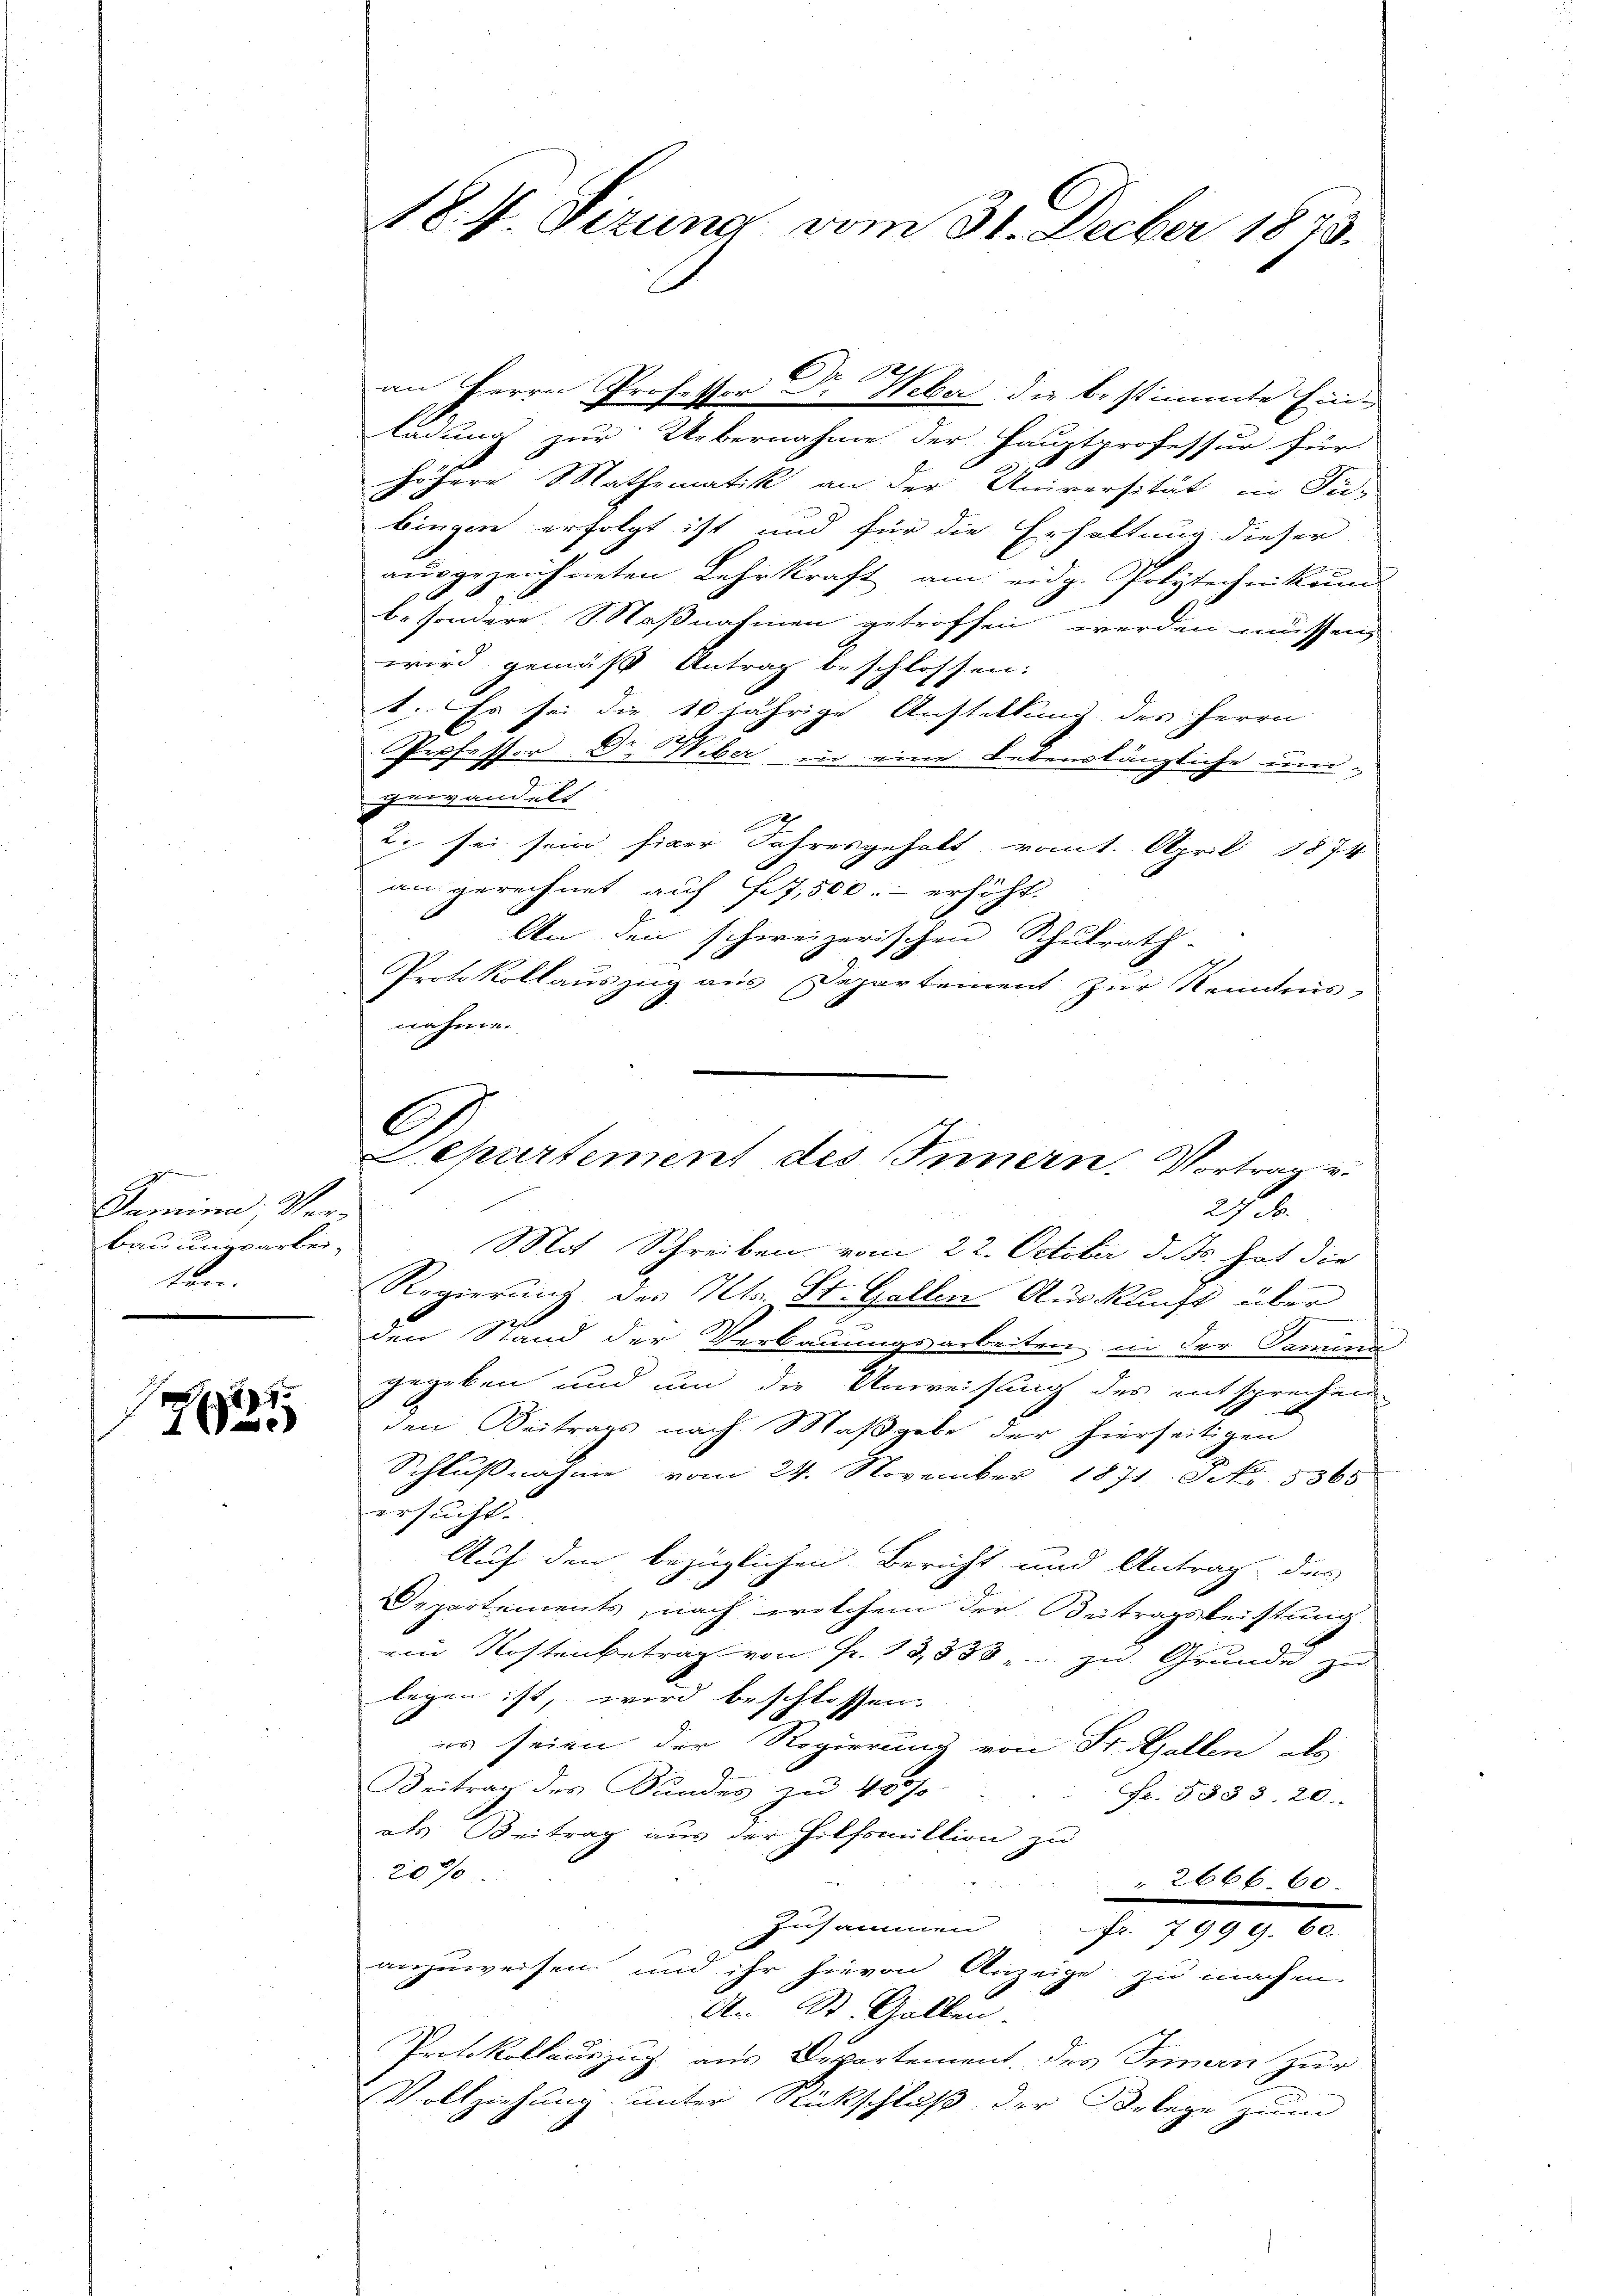
g
Samine, d
bauungsarbei,
ten.

91

184 Sitzung vom 31. Decber 1873.

am Herrn Professor Dr. Weber die bestimmte Ein-
ladung zur Uebernahme der Hauptprofessur für
höhere Mathematik an der Universität in Ju-
bingen erfolgt ist und für die Erhaltung dieser
ausgezeichneten Lehrkraft am eidg. Polytechnikum
besondere Maßnahmen getroffen werden müssen,
wird gemäß Antrag beschlossen:
t. Es sei die 10 jährige Austellung des Herrn
Professor Dr. Wiber in eine Lebenslängliche ungegandelh
D
2. sei sein siner Jahresgehalt vomt. April 1874
an gerechnet auf 7,500.- erhöht.
An den schweizerischen Schulrath
Protokollauszug aus Departement zur Nenntnis,
nahme.
Mit Schreiben vom 22. October d. Js. hat die
Regierung des Kts. St. Gallen Auskunft über
d
den Stand der Verbauungsarbeiten in der Samina
gegeben und um die Anweisung des entsprechen
den Beitrags nach Maßgabe der hierseitigen
Schlussnahme vom 24. November 1871 Frk. 5365
ersucht.
Auf den bezüglichen Bericht und Antrag des
Departements, nach welchem der Beitragsleistung
ein Kostenbetrag von Fr. 13558 - zu Grunde zu
legen ist, wird beschlossen.
es seien der Regierung von St. Gallen als
Beitrag des Sandes zu 407. . . . fr. 5333. 20.
als Beitrag aus der Hilfsmittion zu
20%
2666. 60.
Zusammen
Fr. 7999. 60.
anzuweisen und ihr hievon Anzeige zu machen.
An St. Gallen.
Protokollauszug aus Departement des Innern zur
Vollziehung unter Rückschluß der Orlege zum

C
Separtement des Innern, Vortrag u.
2